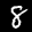
Label: 8